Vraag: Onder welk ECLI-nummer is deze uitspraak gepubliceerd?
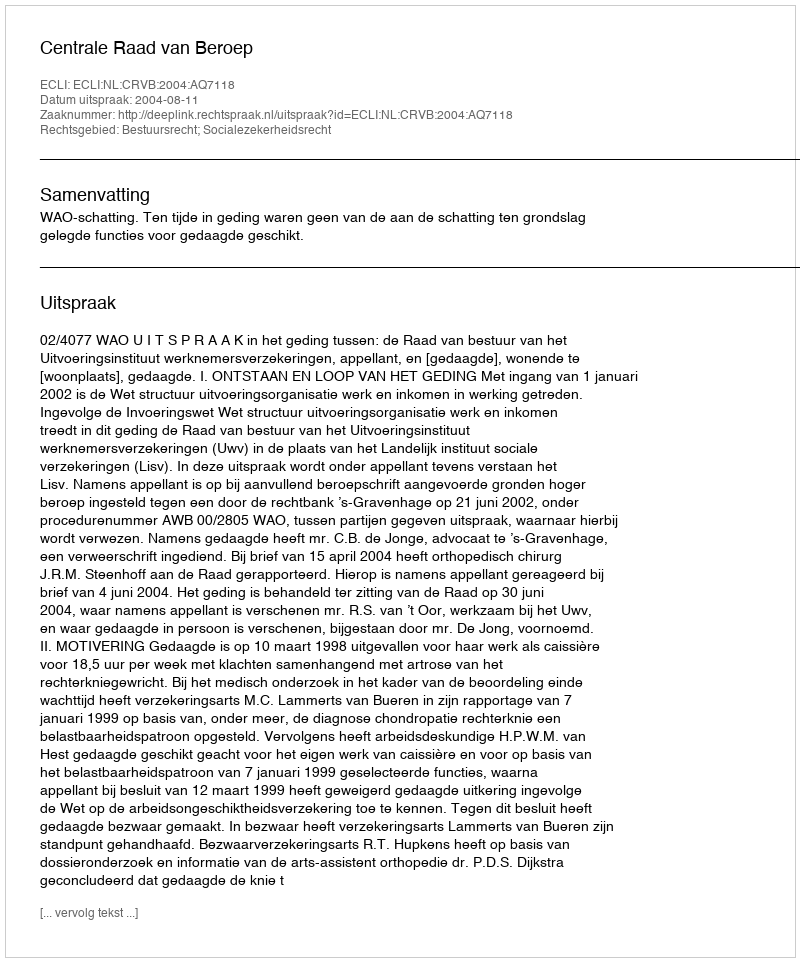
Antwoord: ECLI:NL:CRVB:2004:AQ7118